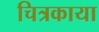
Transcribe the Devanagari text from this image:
चित्रकाया